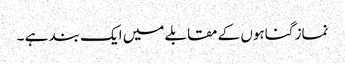
نماز گناہوں کے مقابلے میں ایک بند ہے ۔